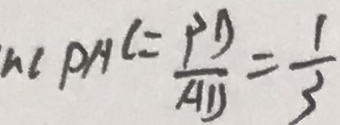
\angle A C P = \frac { P D } { A D } = \frac { 1 } { 3 }